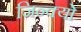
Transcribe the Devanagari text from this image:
जिन्क्यो